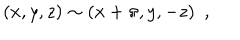
LaTeX: ( x , y , z ) \sim ( x + \pi , y , - z ) \ \ ,